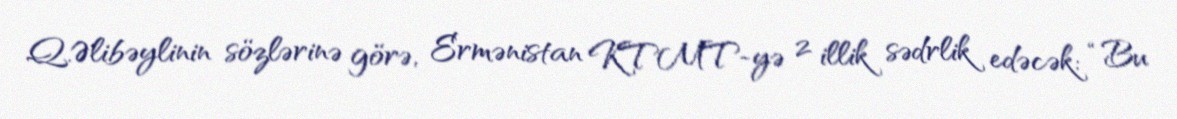
Q.Əlibəylinin sözlərinə görə, Ermənistan KTMT-yə 2 illik sədrlik edəcək: “Bu